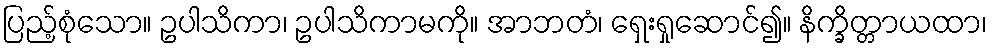
ပြည့်စုံသော။ ဥပါသိကာ၊ ဥပါသိကာမကို။ အာဘတံ၊ ရှေးရှုဆောင်၍။ နိက္ခိတ္တာယထာ၊